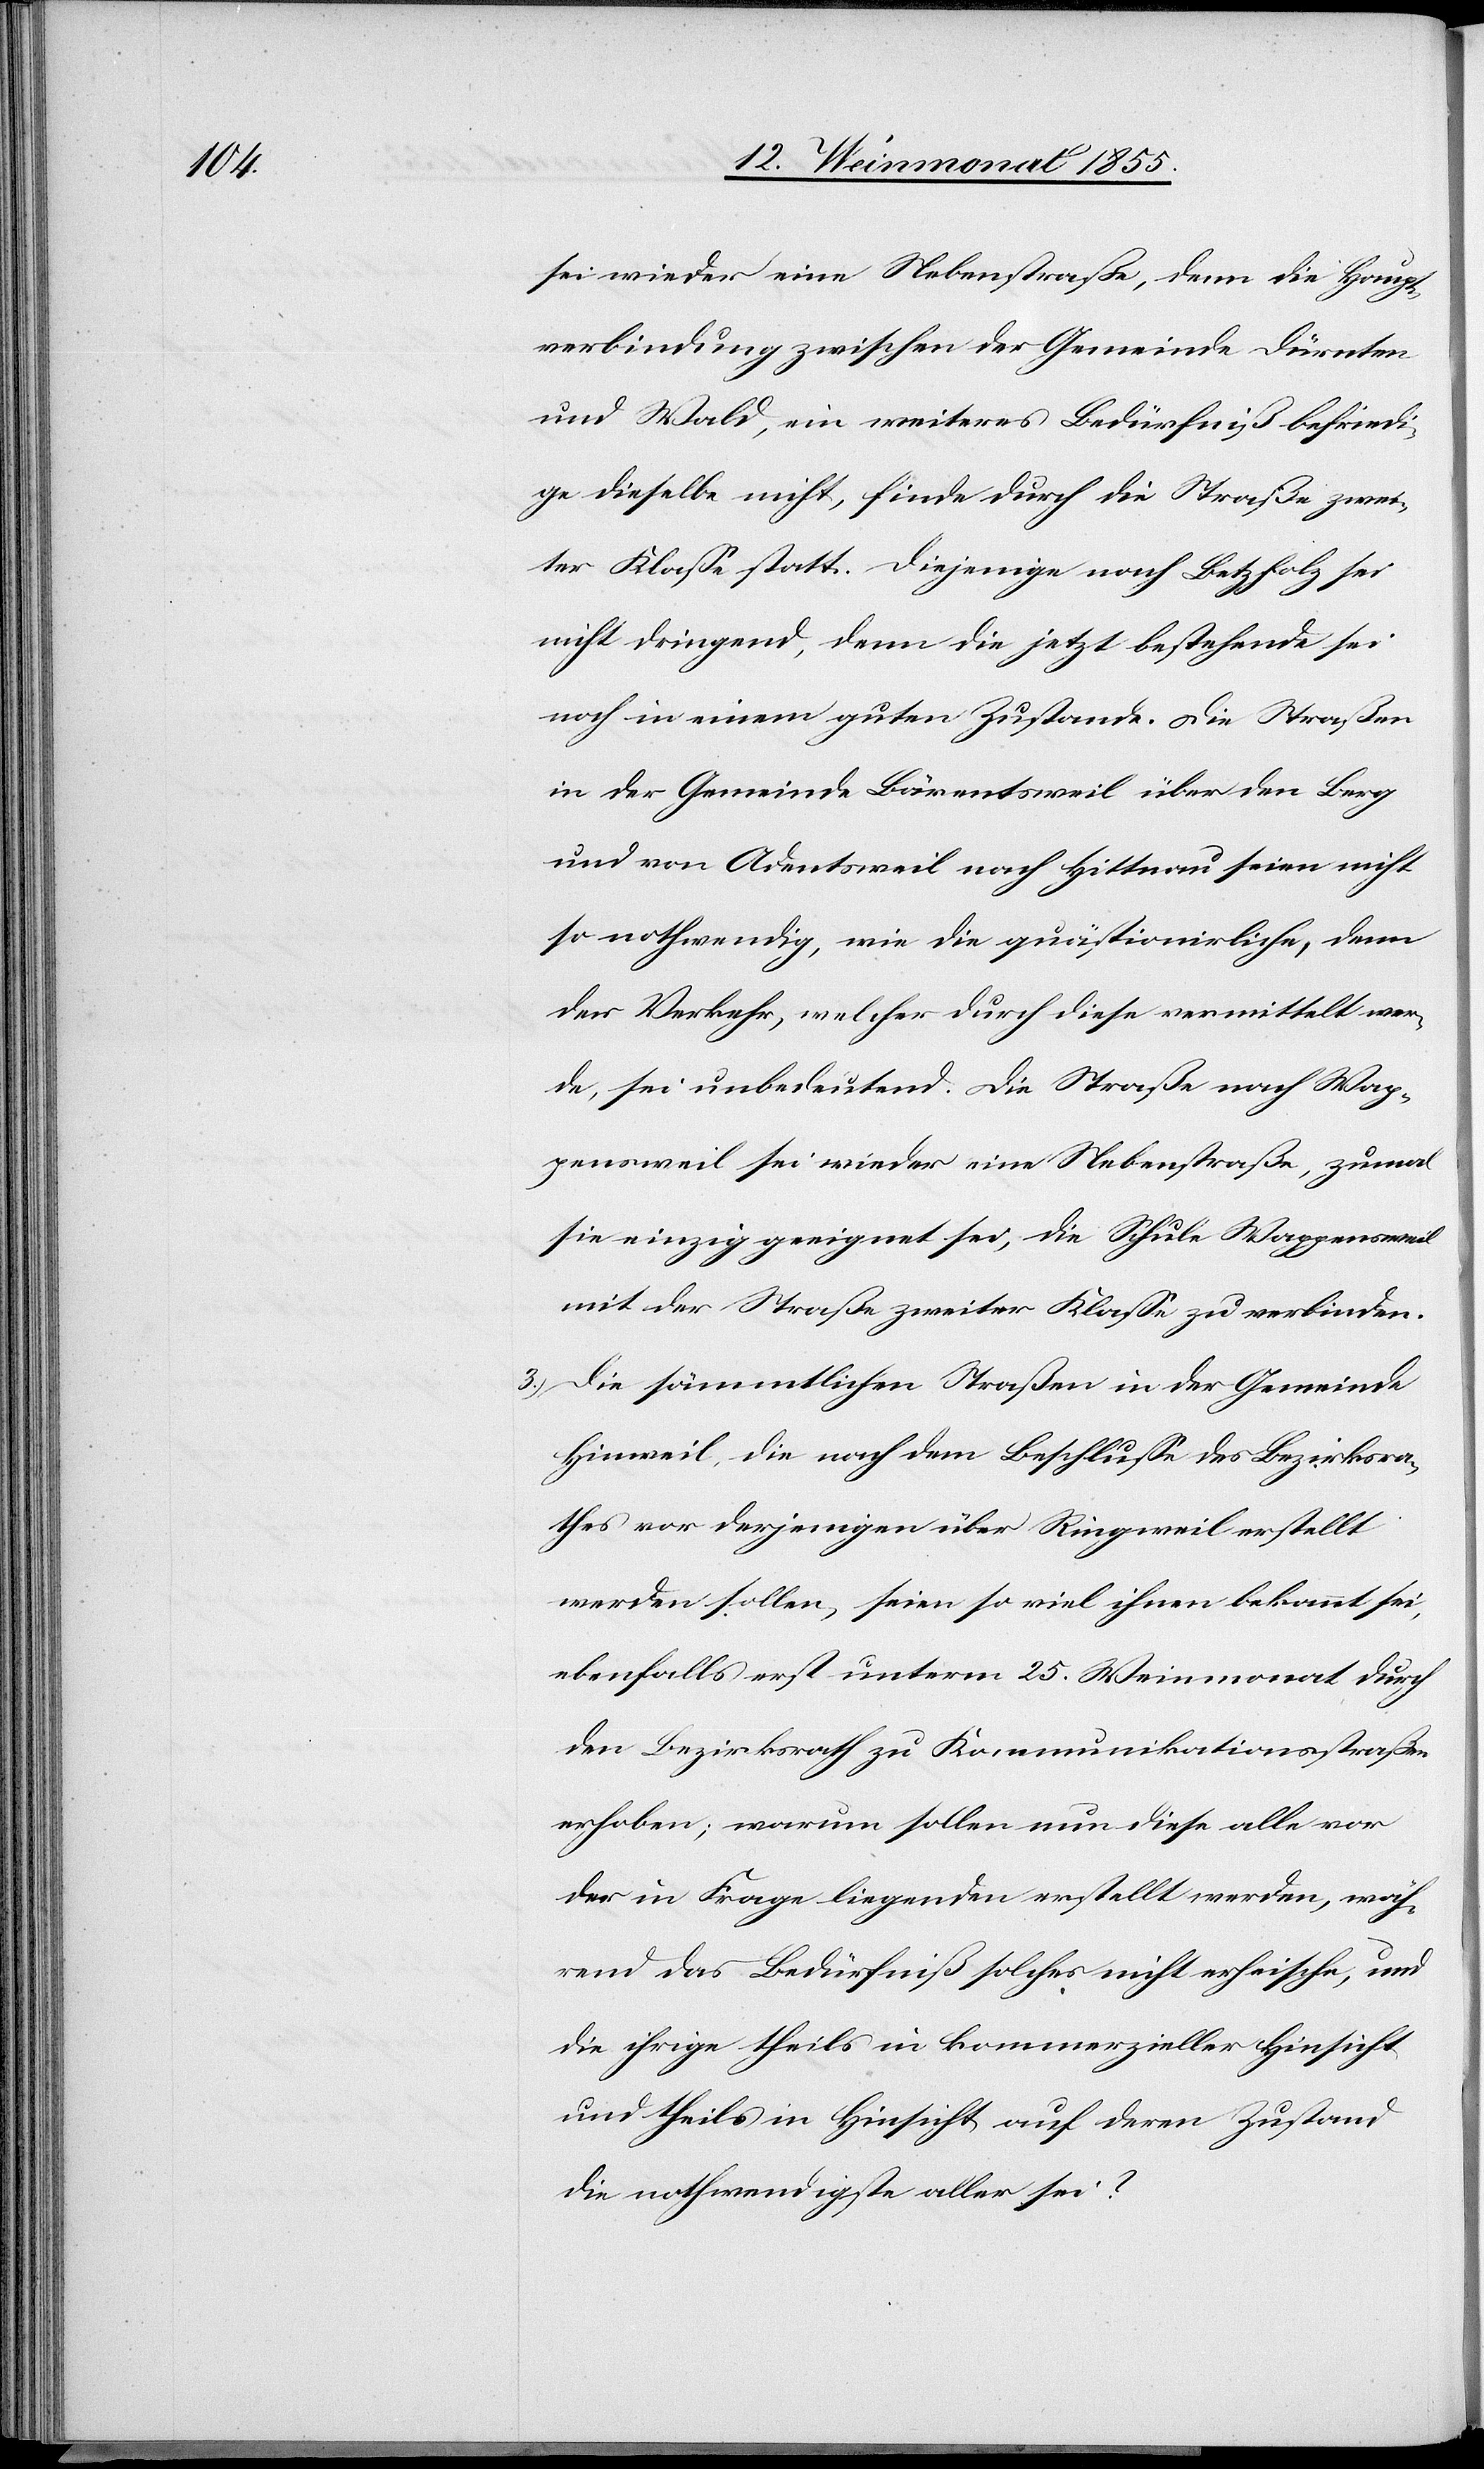
sei wieder eine Nebenstraße, denn die Haupt¬
verbindung zwischen der Gemeinde Dürnten
und Wald, ein weiteres Bedürfniß befriedi¬
ge dieselbe nicht, finde durch die Straße zwei¬
ter Klasse statt. Diejenige nach Betzholz sei
nicht dringend, denn die jetzt bestehende sei
noch in einem guten Zustande. Die Straßen
in der Gemeinde Bärentsweil über den Berg
und von Adentsweil nach Hittnau seien nicht
so nothwendig, wie die quästionirliche, denn
der Verkehr, welcher durch diese vermittelt wer¬
de, sei unbedeutend. Die Straße nach Wap¬
pensweil sei wieder eine Nebenstraße, zumal
sie einzig geeignet sei, die Schule Wappensweil
mit der Straße zweiter Klasse zu verbinden.
Die sämmtlichen Straßen in der Gemeinde
Hinweil, die nach dem Beschlusse des Bezirksra¬
thes vor derjenigen über Ringweil erstellt
werden sollen, seien so viel ihnen bekannt sei,
ebenfalls erst unterm 25. Weinmonat durch
den Bezirksrath zu Kommunikationsstraßen
erhoben; warum sollen nun diese alle vor
der in Frage liegenden erstellt werden, wäh¬
rend das Bedürfniß solches nicht erheische, und
die ihrige theils in kommerzieller Hinsicht
und theils in Hinsicht auf deren Zustand
die nothwendigste aller sei?